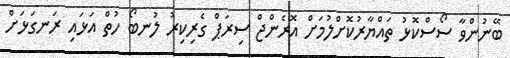
ބޭނުންވާ ސޯސްކޮޅު ތައްޔާރުކޮށްލުމަށް އޮރެންޖް ސިރަޕް ގެރިކިރު ލުނބޯ ހުތް އަޅައި ރަނގަޅަށް